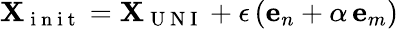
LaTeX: \mathbf{X}_{\mathrm{~i~n~i~t~}}=\mathbf{X}_{\mathrm{~U~N~I~}}+\epsilon\left(\mathbf{e}_{n}+\alpha\, \mathbf{e}_{m}\right)